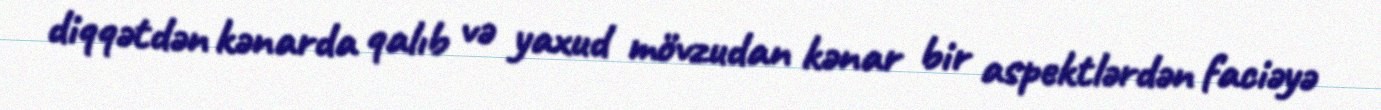
diqqətdən kənarda qalıb və yaxud mövzudan kənar bir aspektlərdən faciəyə